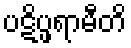
ပဋိပ္ဖရာမီတိ